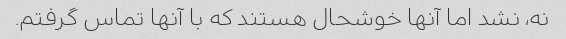
نه، نشد اما آنها خوشحال هستند که با آنها تماس گرفتم.